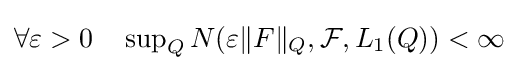
\forall \varepsilon >0\quad \sup \nolimits _{Q}N(\varepsilon \|F\|_{Q},{\mathcal {F}},L_{1}(Q))<\infty